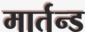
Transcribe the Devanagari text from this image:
मार्तन्ड